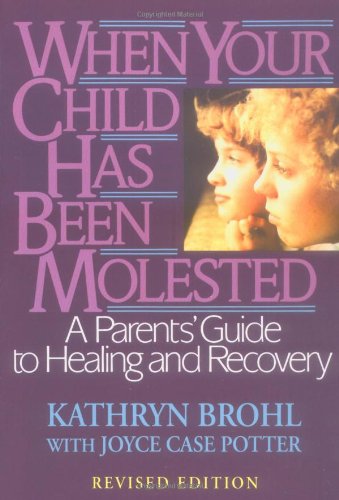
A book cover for When Your Child Has Been Molested: A Parents' Guide to Healing and Recovery; Kathryn Brohl; Politics & Social Sciences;